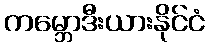
ကမ္ဘောဒီးယားနိုင်ငံ